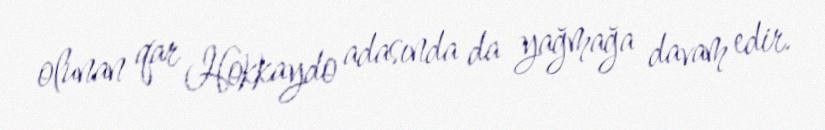
olunan qar Hokkaydo adasında da yağmağa davam edir.